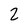
Character: 2